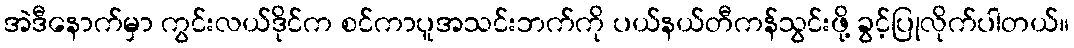
အဲဒီနောက်မှာ ကွင်းလယ်ဒိုင်က စင်ကာပူအသင်းဘက်ကို ပယ်နယ်တီကန်သွင်းဖို့ ခွင့်ပြုလိုက်ပါတယ်။